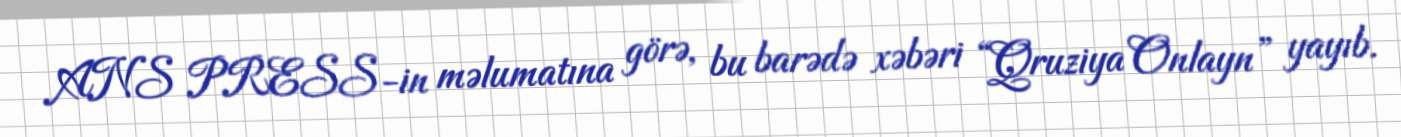
ANS PRESS-in məlumatına görə, bu barədə xəbəri “Qruziya Onlayn” yayıb.